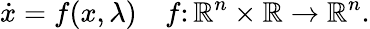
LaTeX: {\dot{x}}=f(x,\lambda)\quad f\colon\mathbb{R}^{n}\times\mathbb{R}\rightarrow\mathbb{R}^{n}.